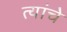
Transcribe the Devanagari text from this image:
त्यांंचेे